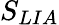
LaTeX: S_{LIA}